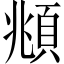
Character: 頫